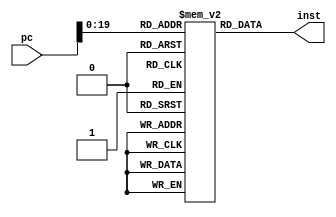
module MemoInst(pc,
inst
);
input[31:0] pc;
//integer i;
output [15:0]inst;

reg [15:0]memory [0:1048575];

assign inst=memory[pc];

endmodule